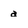
Character: a